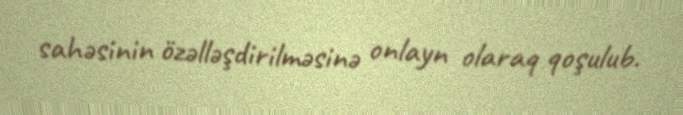
sahəsinin özəlləşdirilməsinə onlayn olaraq qoşulub.